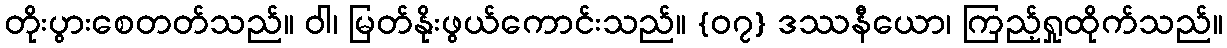
တိုးပွားစေတတ်သည်။ ဝါ၊ မြတ်နိုးဖွယ်ကောင်းသည်။ {၀၇} ဒဿနီယော၊ ကြည့်ရှုထိုက်သည်။